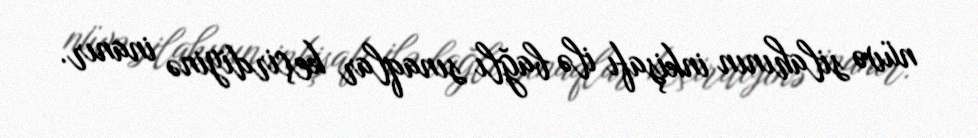
nüvə silahının inkişafı ilə bağlı sınaqlar keçirdiyinə inanır.